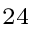
^ { 2 4 }